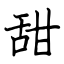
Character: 甜